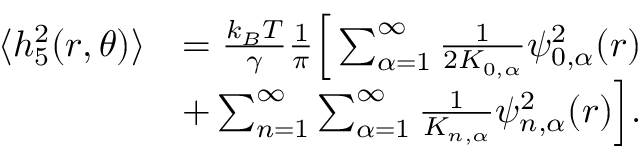
\begin{array} { r l } { \langle h _ { 5 } ^ { 2 } ( r , \theta ) \rangle } & { = \frac { k _ { B } T } { \gamma } \frac { 1 } { \pi } \Big [ \sum _ { \alpha = 1 } ^ { \infty } \frac { 1 } { 2 K _ { 0 , \alpha } } \psi _ { 0 , \alpha } ^ { 2 } ( r ) } \\ & { + \sum _ { n = 1 } ^ { \infty } \sum _ { \alpha = 1 } ^ { \infty } \frac { 1 } { K _ { n , \alpha } } \psi _ { n , \alpha } ^ { 2 } ( r ) \Big ] . } \end{array}